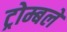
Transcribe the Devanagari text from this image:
ट्रोम्बले